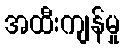
အထီးကျန်မှု